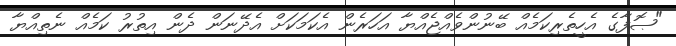
"ޞޮފާގެ އެހީތެރިކަމެއް ބޭނުންވެއްޖެއްޔާ އަހަރެން އެކަމަކަށް އެދޭނަން ދެން އިތުރު ކަމެއް ނެތިއްޔާ